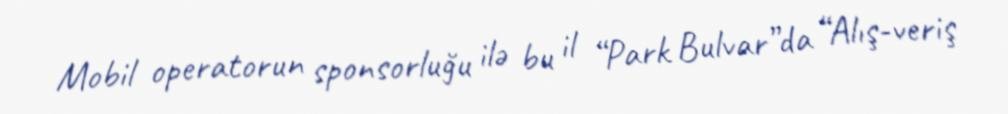
Mobil operatorun sponsorluğu ilə bu il “Park Bulvar”da “Alış-veriş